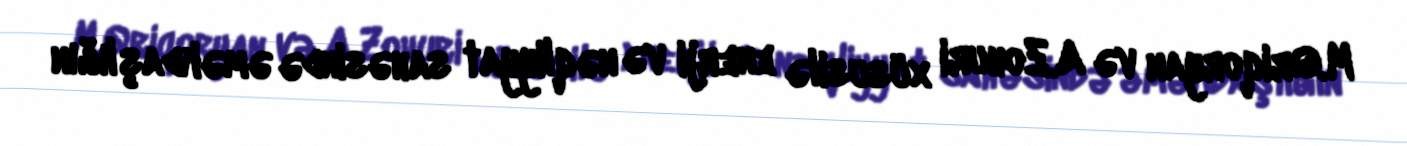
M.Qriqoryan və A.Zohuri xüsusilə enerji və nəqliyyat sahəsində əməkdaşlığın